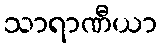
သာရာဏီယာ